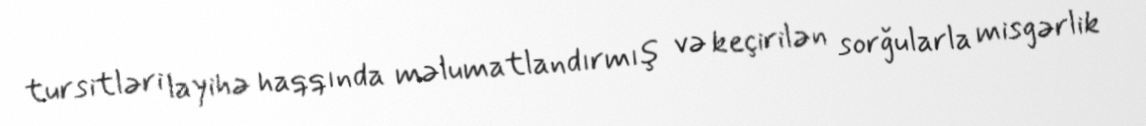
tursitləri layihə haqqında məlumatlandırmış və keçirilən sorğularla misgərlik